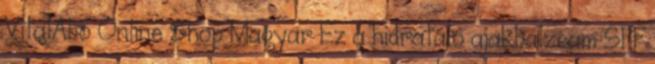
VitalAbo Online Shop Magyar Ez a hidratáló ajakbalzsam SPF